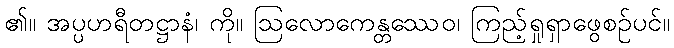
၏။ အပ္ပဟရီတဋ္ဌာနံ၊ ကို။ ဩလောကေန္တဿေဝ၊ ကြည့်ရှုရှာဖွေစဉ်ပင်။